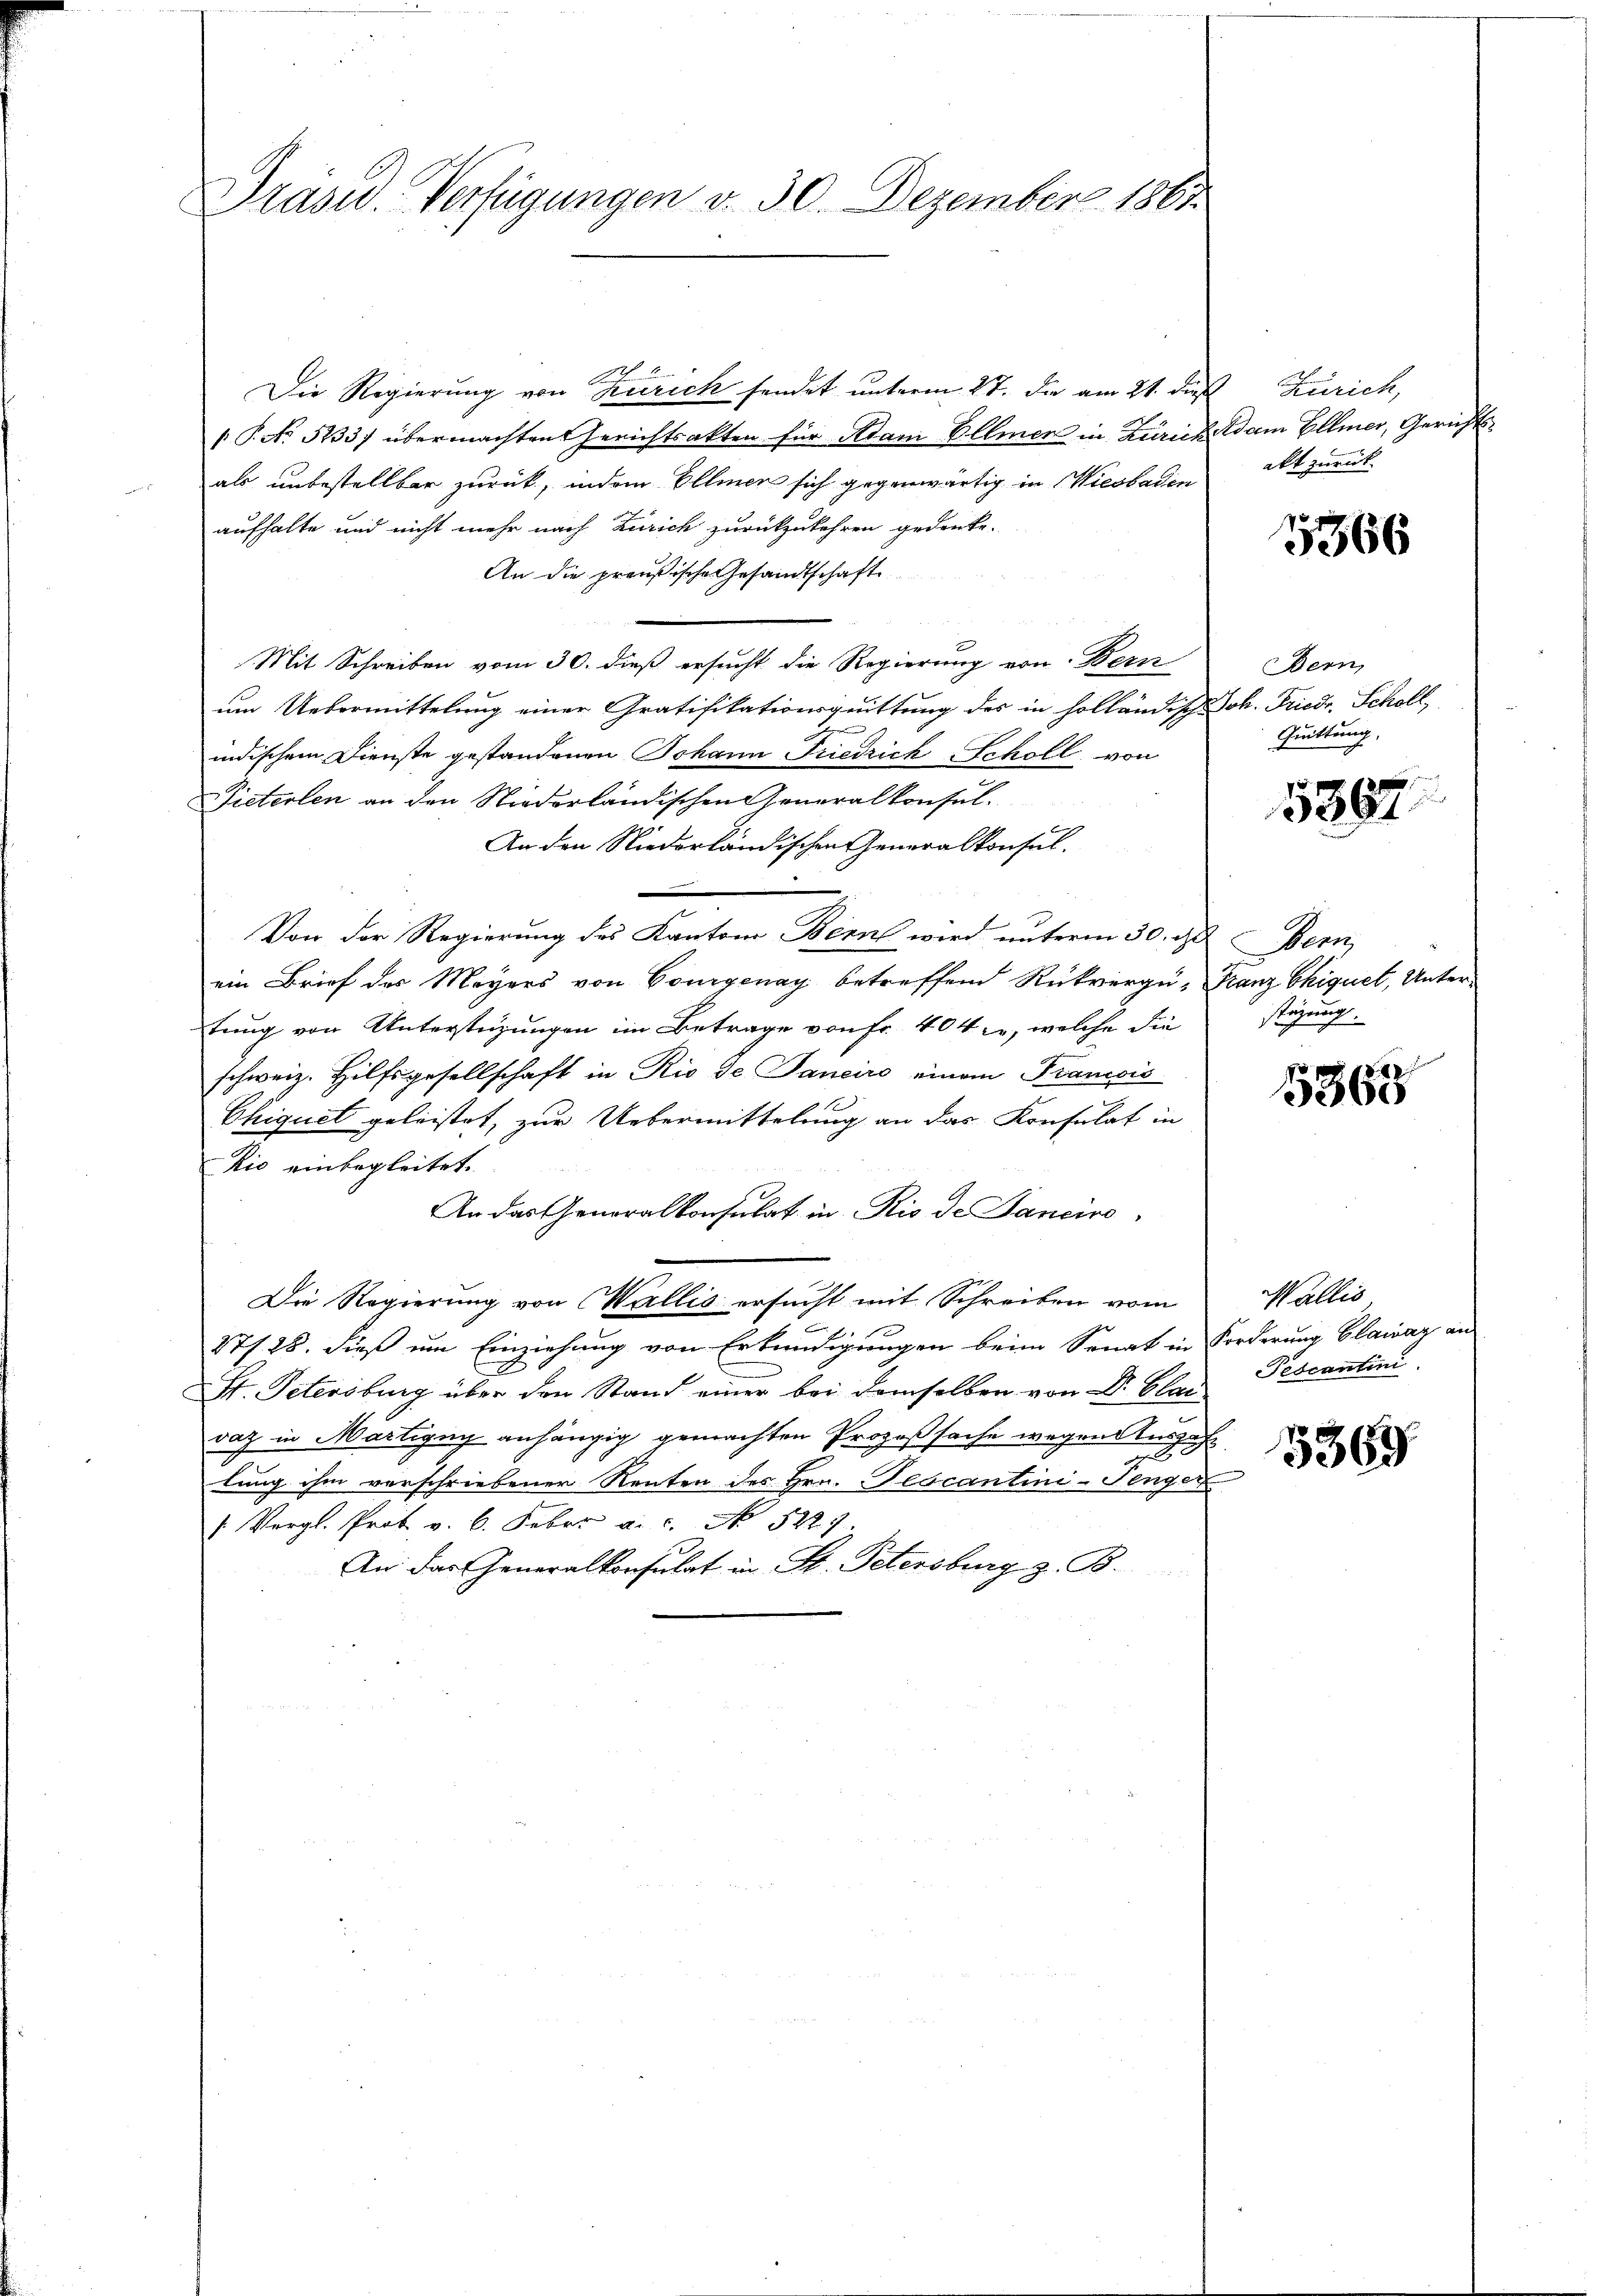
Präsid. Verfügungen v. 30. Dezember 1861

.
Die Regierung von Kurich sendet unterm 27. die am 21. dieß Zürich,
 P. No 5233) übermachten Gerichtsakten für Adam Ellmer in Züricherdam Ellmer, Gerichtsals unbestellbar zurück, indem Ellmer sich gegenwärtig in Wiesbaden
aufhalte und nicht mehr nach Zürich zurückzukehren gedenke.
An die preußische Gesandtschafte
Mit Schreiben vom 30. dieß ersucht die Regierung von Bern
um Uebermittelung einer Gratifikationsquittung des in holländische Joh. Friedr. Schöll,
indischem Dienste gestandenen Johann Friedrich Scholl von
Pieterlen an den Niederländischen Generalkonsul-
An den Niederländischen Generalkonsul-
Von der Regierung des Kantone Bern wird unterm 30. d. Bern
ein Brief des Meyers von Courgenay betreffend Rückverge, Franz Chiquet, Untertung von Unterstüzungen im Betrage von Fr. 404 c, welche die
schweiz. Hilfsgesellschaft in Rio de Janeiro einem Francsis
Chiquet geleistet, zur Uebermittelung an das Konsulat in
kio einbegleitet.
An das Generalkonsulat in Rio de Tancire
Die Regierung von Wallis ersucht mit Schreiben vom
27/28. dieß um Einziehung von Erkundigungen beim Senat in Forderung Glaruar an
St. Petersburg über den Stand einer bei demselben von Dr. Clarvaz in Martigny anhängig gemachten Prozeßsache wegen Auszahl
lung ihm verschriebener Renten des Hrn. Pescantini-Penger
 Vergl. Prot. v. 6. Febr. a. c. No 5227
An der Generalkonsulat in St. Petersburg z. B.

akt zurück

5366

Bern,
Quittung,

5867.

stüzung.

5365

Wallis
Pescantini

5369